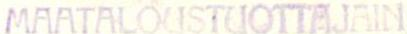
MAATALOUSTUOTTAJAIN